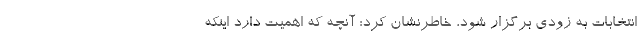
انتخابات به زودی برگزار شود، خاطرنشان کرد: آنچه که اهمیت دارد اینکه